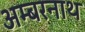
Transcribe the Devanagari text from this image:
अम्‍बरनाथ